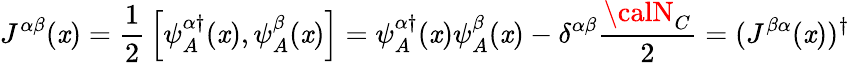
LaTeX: J^{\alpha\beta}(\mathit{x})={\frac{{1}}{{2}}}\left[\psi_{A}^{\alpha\dagger}(\mathit{x}),\psi_{A}^{\beta}(\mathit{x})\right]=\psi_{A}^{\alpha\dagger}(\mathit{x})\psi_{A}^{\beta}(\mathit{x})-\delta^{\alpha\beta}{\frac{{{\calN}_{C}}}{{2}}}=(J^{\beta\alpha}(\mathit{x}))^{\dagger}